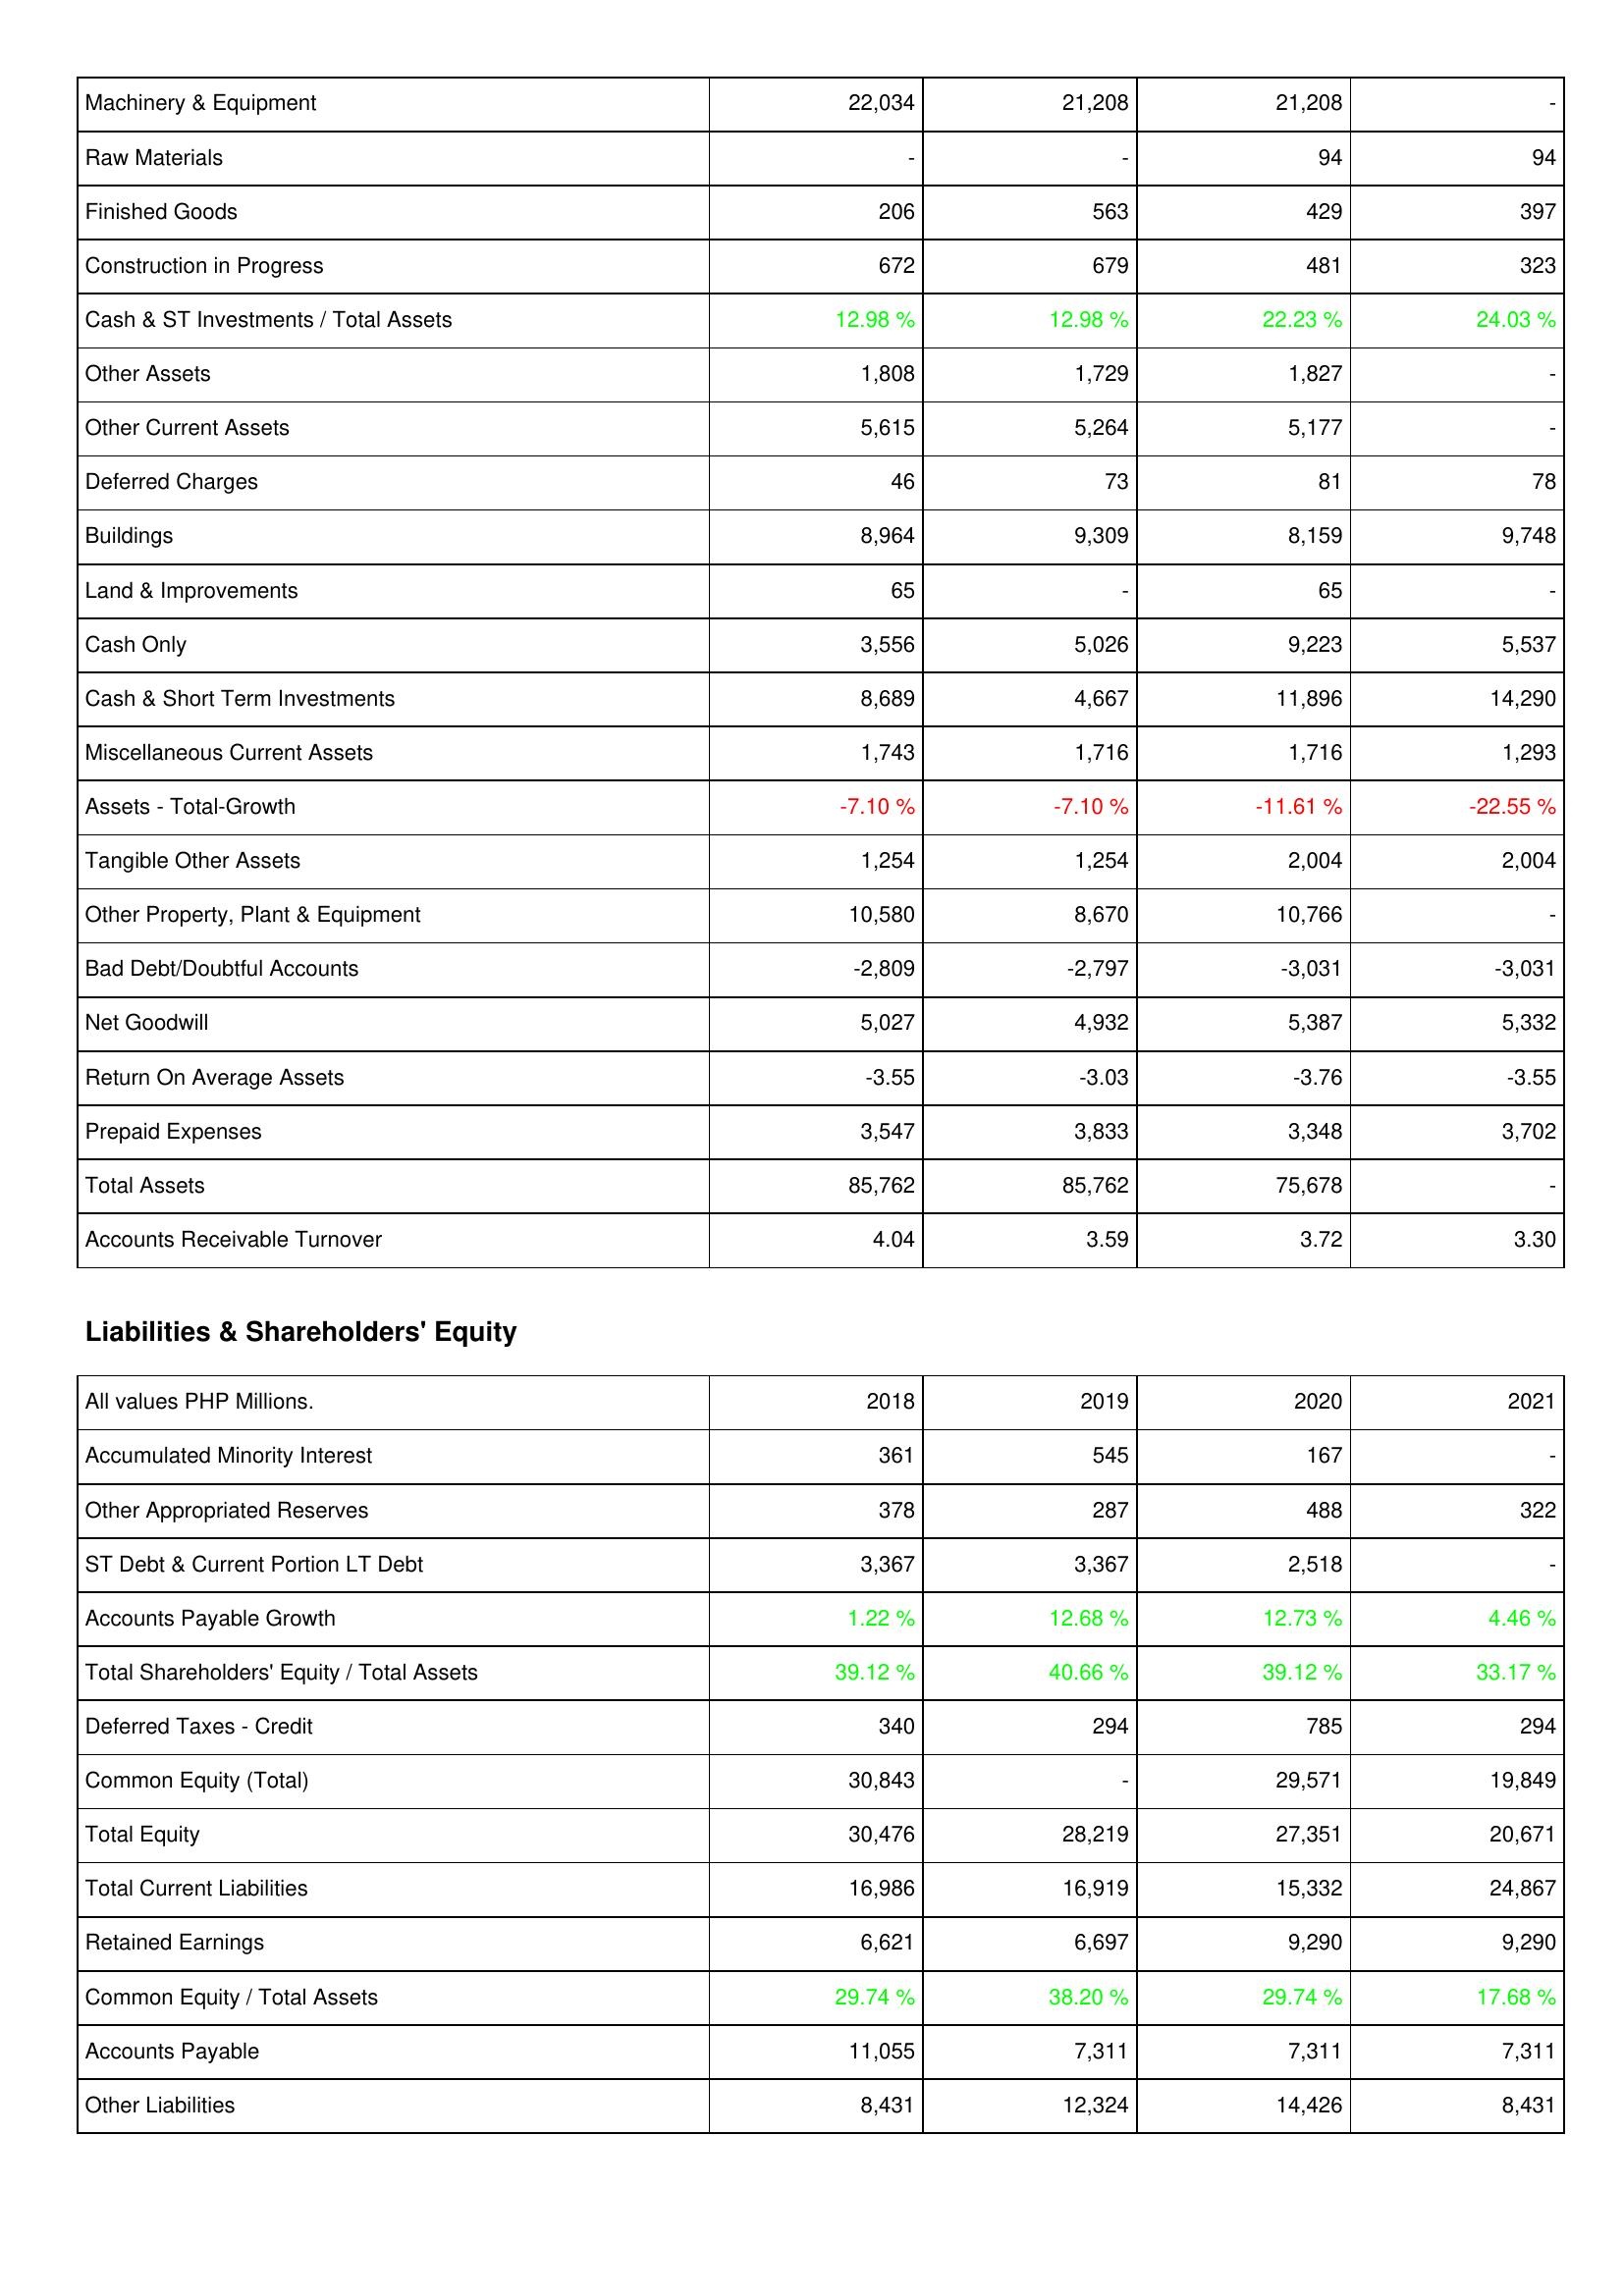
2018: Assets: Machinery & Equipment: 22,034
Raw Materials: -
Finished Goods: 206
Construction in Progress: 672
Cash & ST Investments / Total Assets: 12.98 %
Other Assets: 1,808
Other Current Assets: 5,615
Deferred Charges: 46
Buildings: 8,964
Land & Improvements: 65
Cash Only: 3,556
Cash & Short Term Investments: 8,689
Miscellaneous Current Assets: 1,743
Assets - Total-Growth: -7.10 %
Tangible Other Assets: 1,254
Other Property, Plant & Equipment: 10,580
Bad Debt/Doubtful Accounts: -2,809
Net Goodwill: 5,027
Return On Average Assets: -3.55
Prepaid Expenses: 3,547
Total Assets: 85,762
Accounts Receivable Turnover: 4.04
Liabilities & Shareholders' Equity: Accumulated Minority Interest: 361
Other Appropriated Reserves: 378
ST Debt & Current Portion LT Debt: 3,367
Accounts Payable Growth: 1.22 %
Total Shareholders' Equity / Total Assets: 39.12 %
Deferred Taxes - Credit: 340
Common Equity (Total): 30,843
Total Equity: 30,476
Total Current Liabilities: 16,986
Retained Earnings: 6,621
Common Equity / Total Assets: 29.74 %
Accounts Payable: 11,055
Other Liabilities: 8,431
2019: Assets: Machinery & Equipment: 21,208
Raw Materials: -
Finished Goods: 563
Construction in Progress: 679
Cash & ST Investments / Total Assets: 12.98 %
Other Assets: 1,729
Other Current Assets: 5,264
Deferred Charges: 73
Buildings: 9,309
Land & Improvements: -
Cash Only: 5,026
Cash & Short Term Investments: 4,667
Miscellaneous Current Assets: 1,716
Assets - Total-Growth: -7.10 %
Tangible Other Assets: 1,254
Other Property, Plant & Equipment: 8,670
Bad Debt/Doubtful Accounts: -2,797
Net Goodwill: 4,932
Return On Average Assets: -3.03
Prepaid Expenses: 3,833
Total Assets: 85,762
Accounts Receivable Turnover: 3.59
Liabilities & Shareholders' Equity: Accumulated Minority Interest: 545
Other Appropriated Reserves: 287
ST Debt & Current Portion LT Debt: 3,367
Accounts Payable Growth: 12.68 %
Total Shareholders' Equity / Total Assets: 40.66 %
Deferred Taxes - Credit: 294
Common Equity (Total): -
Total Equity: 28,219
Total Current Liabilities: 16,919
Retained Earnings: 6,697
Common Equity / Total Assets: 38.20 %
Accounts Payable: 7,311
Other Liabilities: 12,324
2020: Assets: Machinery & Equipment: 21,208
Raw Materials: 94
Finished Goods: 429
Construction in Progress: 481
Cash & ST Investments / Total Assets: 22.23 %
Other Assets: 1,827
Other Current Assets: 5,177
Deferred Charges: 81
Buildings: 8,159
Land & Improvements: 65
Cash Only: 9,223
Cash & Short Term Investments: 11,896
Miscellaneous Current Assets: 1,716
Assets - Total-Growth: -11.61 %
Tangible Other Assets: 2,004
Other Property, Plant & Equipment: 10,766
Bad Debt/Doubtful Accounts: -3,031
Net Goodwill: 5,387
Return On Average Assets: -3.76
Prepaid Expenses: 3,348
Total Assets: 75,678
Accounts Receivable Turnover: 3.72
Liabilities & Shareholders' Equity: Accumulated Minority Interest: 167
Other Appropriated Reserves: 488
ST Debt & Current Portion LT Debt: 2,518
Accounts Payable Growth: 12.73 %
Total Shareholders' Equity / Total Assets: 39.12 %
Deferred Taxes - Credit: 785
Common Equity (Total): 29,571
Total Equity: 27,351
Total Current Liabilities: 15,332
Retained Earnings: 9,290
Common Equity / Total Assets: 29.74 %
Accounts Payable: 7,311
Other Liabilities: 14,426
2021: Assets: Machinery & Equipment: -
Raw Materials: 94
Finished Goods: 397
Construction in Progress: 323
Cash & ST Investments / Total Assets: 24.03 %
Other Assets: -
Other Current Assets: -
Deferred Charges: 78
Buildings: 9,748
Land & Improvements: -
Cash Only: 5,537
Cash & Short Term Investments: 14,290
Miscellaneous Current Assets: 1,293
Assets - Total-Growth: -22.55 %
Tangible Other Assets: 2,004
Other Property, Plant & Equipment: -
Bad Debt/Doubtful Accounts: -3,031
Net Goodwill: 5,332
Return On Average Assets: -3.55
Prepaid Expenses: 3,702
Total Assets: -
Accounts Receivable Turnover: 3.30
Liabilities & Shareholders' Equity: Accumulated Minority Interest: -
Other Appropriated Reserves: 322
ST Debt & Current Portion LT Debt: -
Accounts Payable Growth: 4.46 %
Total Shareholders' Equity / Total Assets: 33.17 %
Deferred Taxes - Credit: 294
Common Equity (Total): 19,849
Total Equity: 20,671
Total Current Liabilities: 24,867
Retained Earnings: 9,290
Common Equity / Total Assets: 17.68 %
Accounts Payable: 7,311
Other Liabilities: 8,431